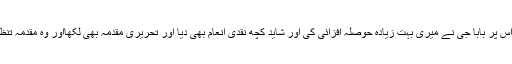
وہ دیکھ کر بہت خوش ہوئے، اس پر بابا جی نے میری بہت زیادہ حوصلہ افزائی کی اور شاید کچھ نقدی انعام بھی دیا اور تحریری مقدمہ بھی لکھااور وہ مقدمہ تنظیم اہل حدیث میں شائع ہوا ہے ۔